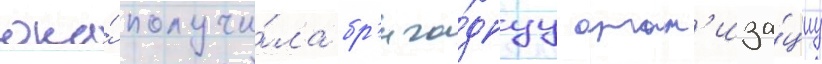
она́ получи́ла бр'ига́днуу орган'иза́циу